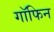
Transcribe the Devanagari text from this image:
गॉफिन